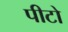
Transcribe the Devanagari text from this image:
पीटो